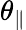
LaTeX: \theta_{\| }